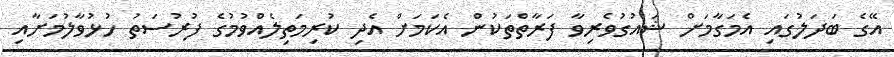
އޭގެ ބަދަލުގައި އެމަގާމަށް ޝައުގުވެރިވާ ފަރާތްތަކުން އެކަމަށް އެދި ކުރިމަތިލެއްވުމުގެ ފުރުސަތު ހުޅުވާލުމަށާއި